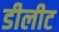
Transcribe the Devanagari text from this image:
डीलीट